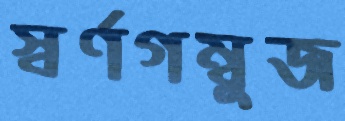
স্বর্ণগম্বুজ